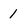
Character: 1